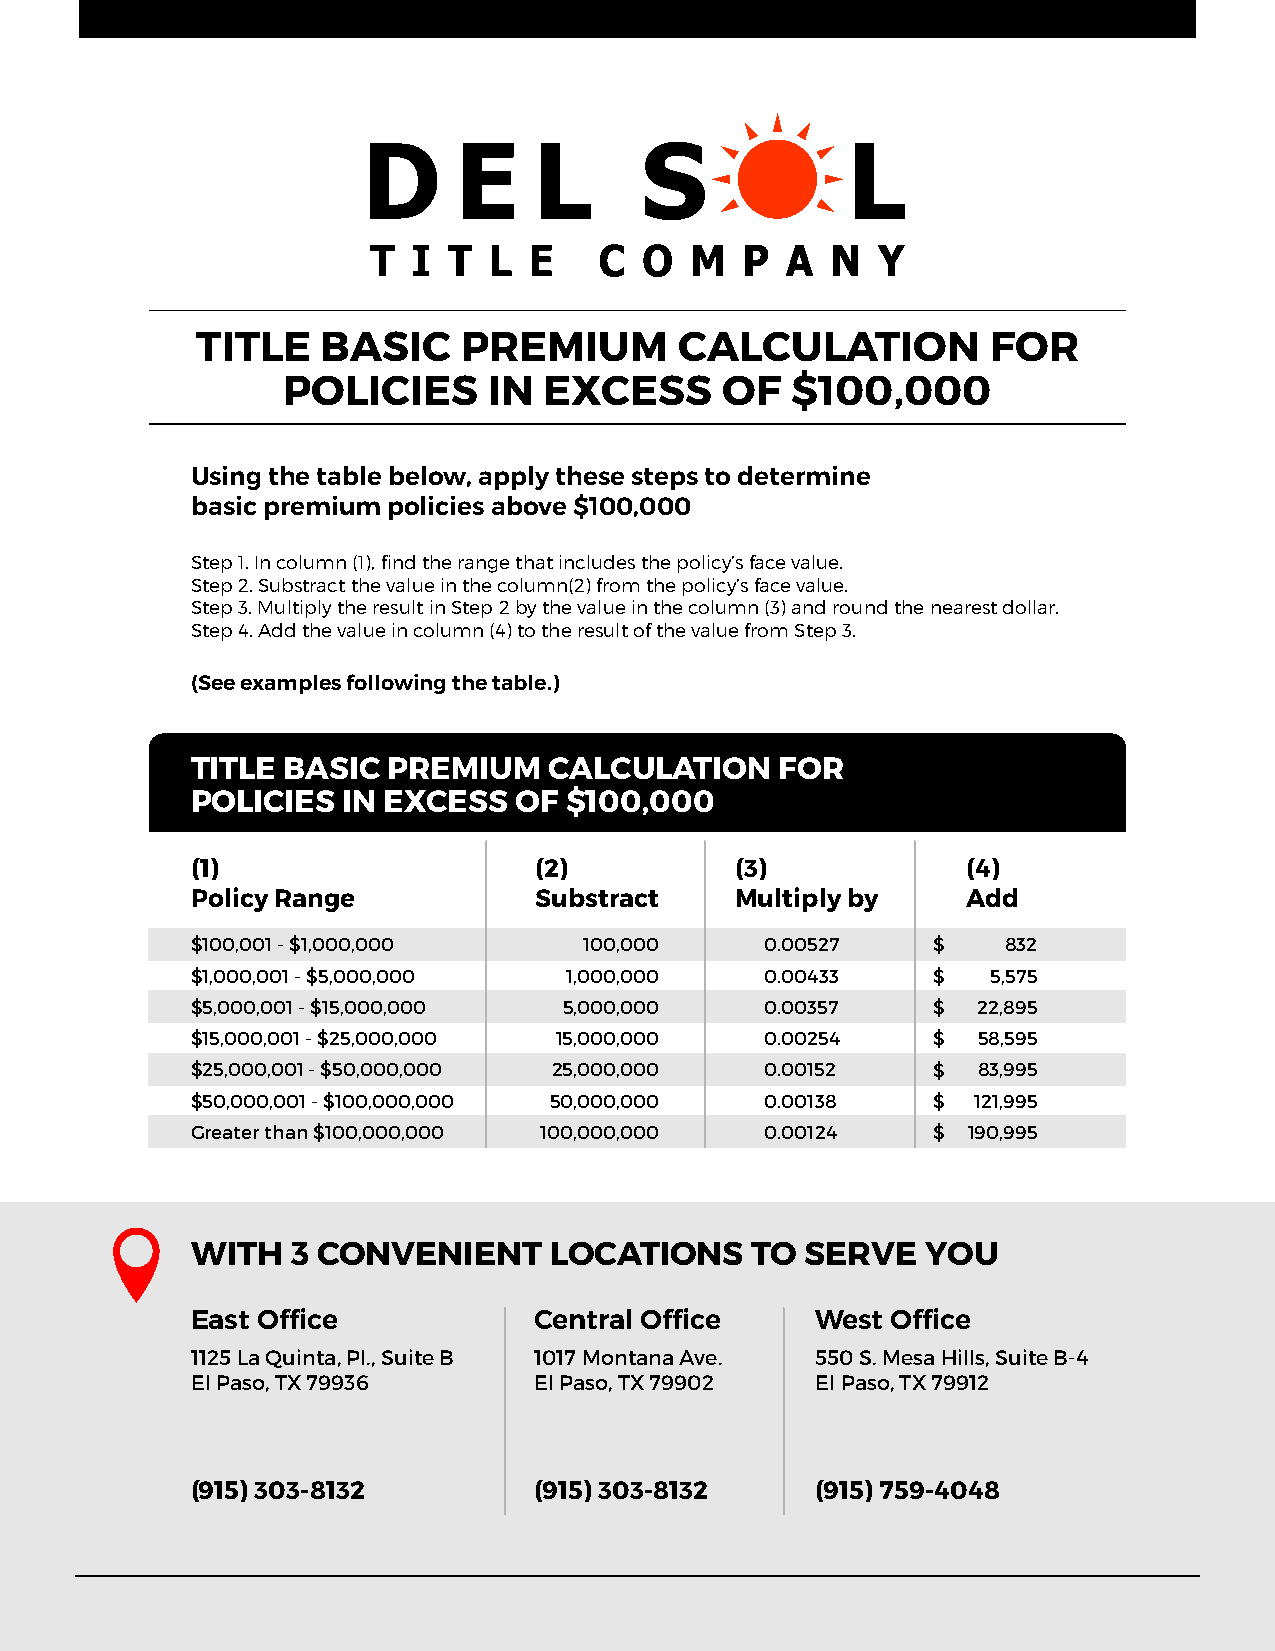
TITLE   BASIC     PREMIUM       CALCULATION          FOR
 POLICIES     IN  EXCESS      OF  $100,000
 Using the table below, apply these steps to determine
 basic premium policies above $100,000
 Step 1. In column (1), find the range that includes the policy’s face value.
 Step 2. Substract the value in the column(2) from the policy’s face value.
 Step 3. Multiply the result in Step 2 by the value in the column (3) and round the nearest dollar.
 Step 4. Add the value in column (4) to the result of the value from Step 3.
 (See examples following the table.)
 TITLE BASIC  PREMIUM   CALCULATION     FOR
 POLICIES  IN EXCESS  OF  $100,000
 (1)                   (2)           (3)            (4)
 Policy Range          Substract     Multiply by    Add
 $100,001 - $1,000,000     100,000     0.00527    $    832
 $1,000,001 - $5,000,000 1,000,000     0.00433    $   5,575
 $5,000,001 - $15,000,000 5,000,000    0.00357    $  22,895
 $15,000,001 - $25,000,000 15,000,000  0.00254    $  58,595
 $25,000,001 - $50,000,000 25,000,000  0.00152    $  83,995
 $50,000,001 - $100,000,000 50,000,000 0.00138    $ 121,995
 Greater than $100,000,000 100,000,000 0.00124    $ 190,995
 WITH  3 CONVENIENT     LOCATIONS     TO SERVE   YOU
 East Office           Central Office     West Office
 1125 La Quinta, Pl., Suite B 1017 Montana Ave. 550 S. Mesa Hills, Suite B-4
 El Paso, TX 79936     El Paso, TX 79902  El Paso, TX 79912
 (915) 303-8132        (915) 303-8132     (915) 759-4048